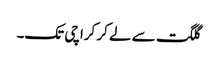
گلگت سے لے کر کراچی تک۔